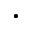
\cdot